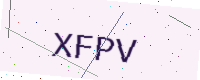
Text: XFPV